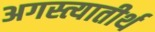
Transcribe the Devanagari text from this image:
अगस्त्यातीर्थ